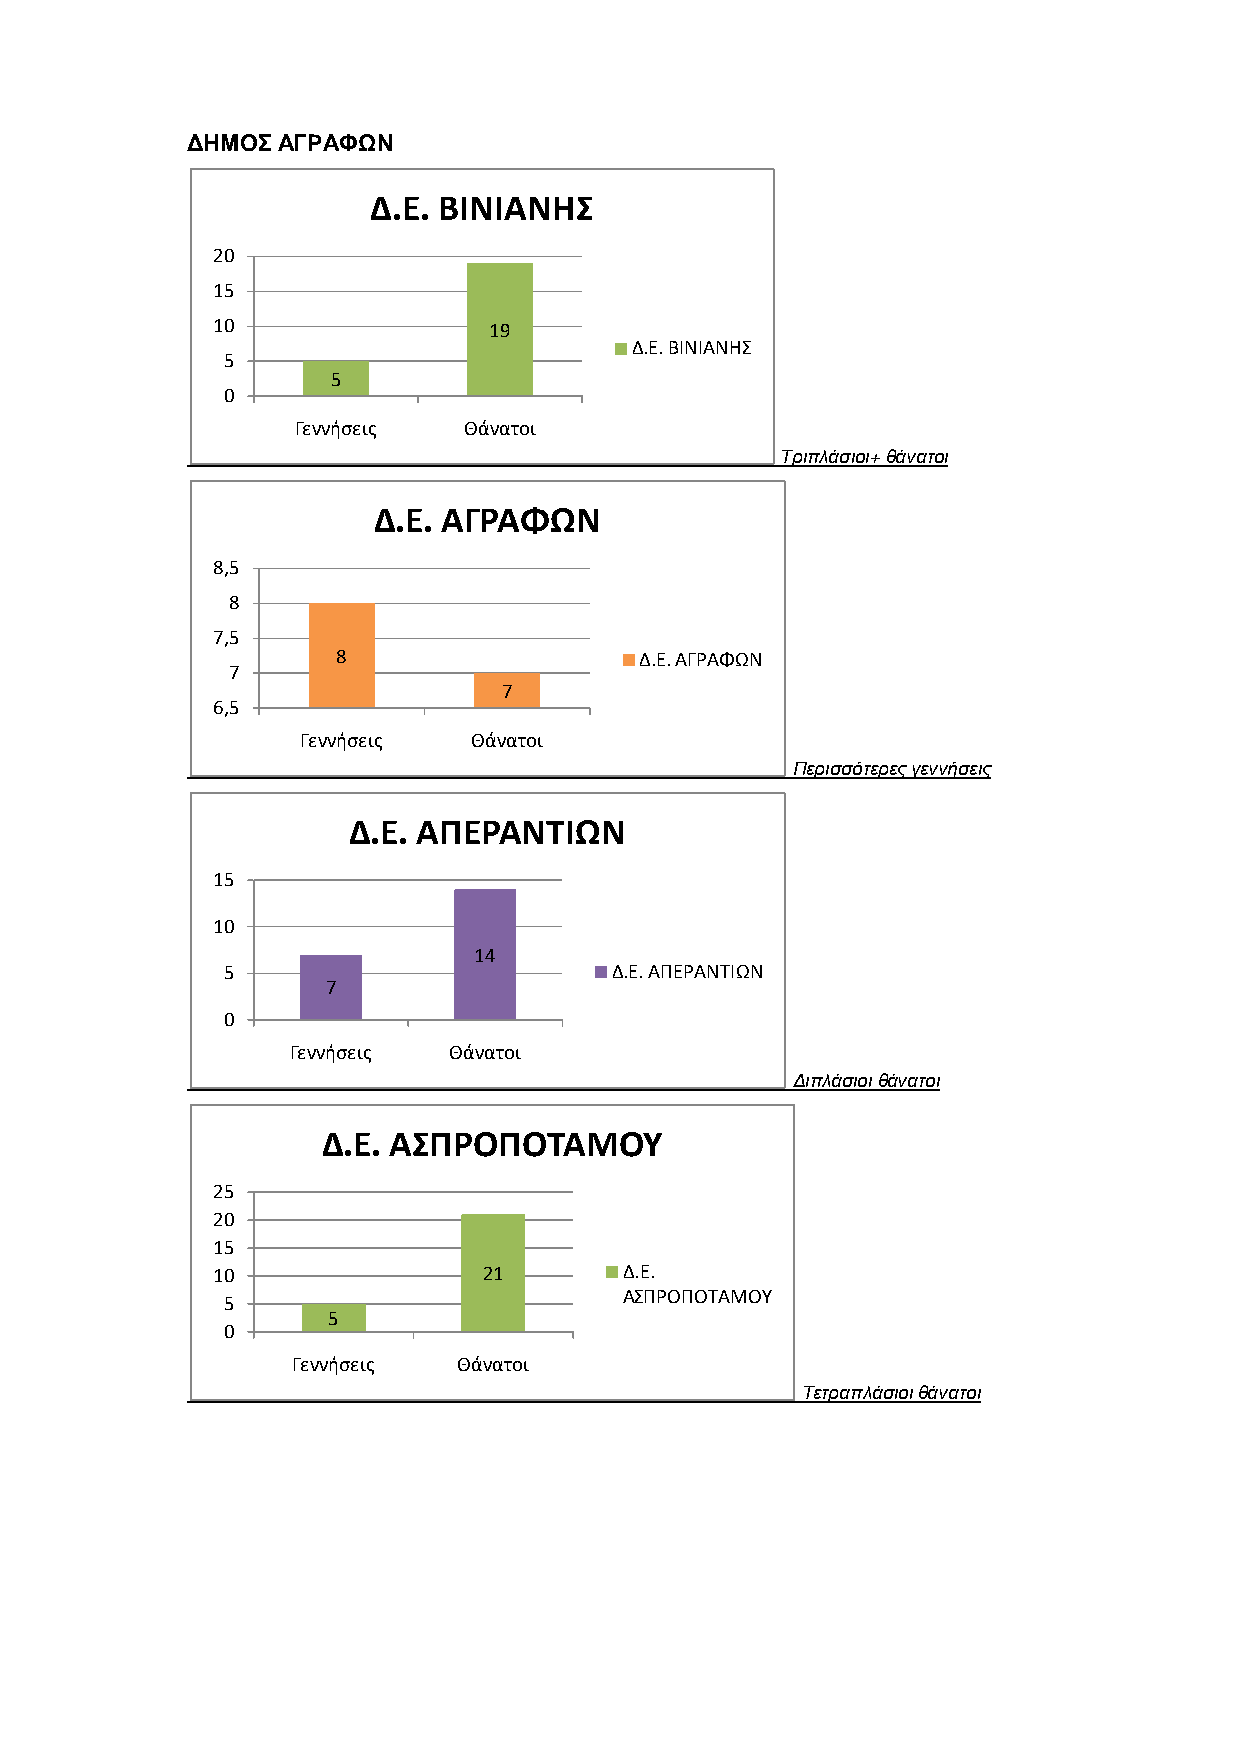
ΔΗΜΟΣ ΑΓΡΑΦΩΝ
 Δ.Ε. ΒΙΝΙΑΝΗΣ
 20
 15
 10                19
 Δ.Ε. ΒΙΝΙΑΝΗΣ
 5
 5
 0
 Γεννήσεις   Θάνατοι
 Τριπλάσιοι+ θάνατοι
 Δ.Ε. ΑΓΡΑΦΩΝ
 8,5
 8
 7,5
 8                   Δ.Ε. ΑΓΡΑΦΩΝ
 7
 7
 6,5
 Γεννήσεις  Θάνατοι
 Περισσότερες γεννήσεις
 Δ.Ε. ΑΠΕΡΑΝΤΙΩΝ
 15
 10
 14
 5                         Δ.Ε. ΑΠΕΡΑΝΤΙΩΝ
 7
 0
 Γεννήσεις  Θάνατοι
 Διπλάσιοι θάνατοι
 Δ.Ε. ΑΣΠΡΟΠΟΤΑΜΟΥ
 25
 20
 15
 10                21       Δ.Ε.
 ΑΣΠΡΟΠΟΤΑΜΟΥ
 5
 5
 0
 Γεννήσεις  Θάνατοι
 Τετραπλάσιοι θάνατοι